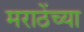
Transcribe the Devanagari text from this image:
मराठेंच्या